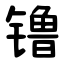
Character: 镥